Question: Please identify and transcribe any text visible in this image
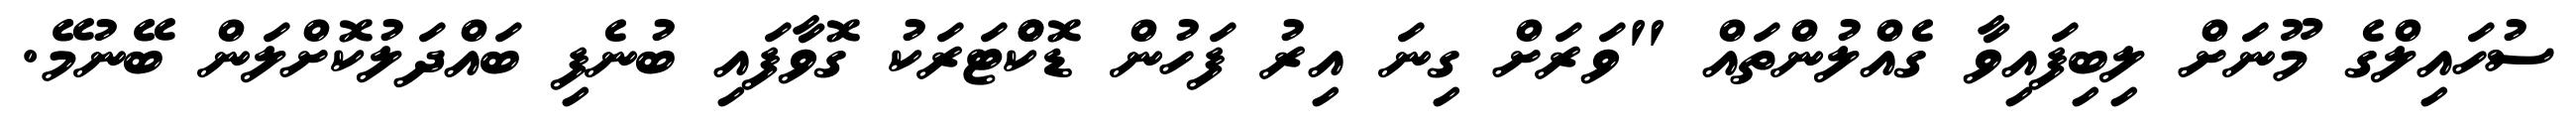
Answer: ސުހައިލްގެ މޫނަށް ލިބިފައިވާ ގެއްލުންތައް "ވަރަށް ގިނަ އިރު ފަހުން ޑޮކްްޓަރަކު ގޮވާފައި ބުނެފި ބައްދަލުކޮށްލަން ބޭނުމޭ.